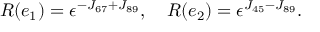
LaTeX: R ( e _ { 1 } ) = \epsilon ^ { - J _ { 6 7 } + J _ { 8 9 } } , \quad R ( e _ { 2 } ) = \epsilon ^ { J _ { 4 5 } - J _ { 8 9 } } .